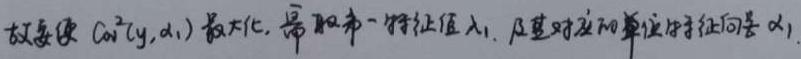
故要使 $\cos ^{2}(\gamma, \alpha_{1})$ 最大化, 需取第一特征值 $\lambda_{1}$ 及其对应的单位特征向量 $\alpha_{1}$ 。